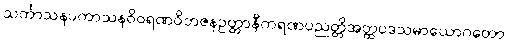
သင်္ကာသနပကာသနဝိဝရဏဝိဘဇနဥတ္တာနီကရဏပညတ္တိအတ္ထပဒသမာယောဂတော